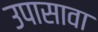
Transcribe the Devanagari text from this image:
उपासावा